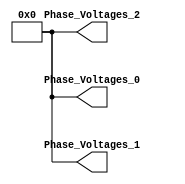
module controllerHdl_StandBy
          (
           Phase_Voltages_0,
           Phase_Voltages_1,
           Phase_Voltages_2
          );
  output  signed [19:0] Phase_Voltages_0;  
  output  signed [19:0] Phase_Voltages_1;  
  output  signed [19:0] Phase_Voltages_2;  
  wire signed [19:0] Constant_out1 [0:2];  
  assign Constant_out1[0] = 20'sb00000000000000000000;
  assign Constant_out1[1] = 20'sb00000000000000000000;
  assign Constant_out1[2] = 20'sb00000000000000000000;
  assign Phase_Voltages_0 = Constant_out1[0];
  assign Phase_Voltages_1 = Constant_out1[1];
  assign Phase_Voltages_2 = Constant_out1[2];
endmodule